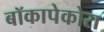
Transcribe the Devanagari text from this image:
बॉकापेकोरा